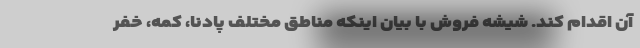
آن اقدام کند. شیشه فروش با بیان اینکه مناطق مختلف پادنا، کُمه، خفر